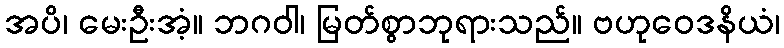
အပိ၊ မေးဦးအံ့။ ဘဂဝါ၊ မြတ်စွာဘုရားသည်။ ဗဟုဝေဒနိယံ၊